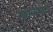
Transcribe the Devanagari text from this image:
मधामध्ये